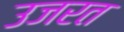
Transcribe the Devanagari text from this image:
उजरत